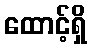
ထောင့်ရှိ